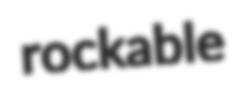
rockable